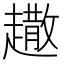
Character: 𧽾